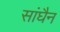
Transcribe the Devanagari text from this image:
सांघैन